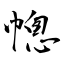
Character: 幒